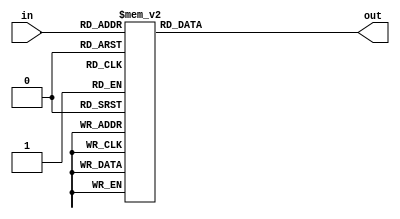


module hex_to_7seg(out, in);

	output [6:0] out;
	input [3:0] in;
	
	reg [6:0] out; // make out a variable
	
	
	always @ (*)
		case (in)
			4'h0: out = 7'b1000000;
			4'h1: out = 7'b1111001;
			4'h2: out = 7'b0100100;
			4'h3: out = 7'b0110000;
			4'h4: out = 7'b0011001;
			4'h5: out = 7'b0010010;
			4'h6: out = 7'b0000010;
			4'h7: out = 7'b1111000;
			4'h8: out = 7'b0000000;
			4'h9: out = 7'b0011000;
			4'ha: out = 7'b0001000;
			4'hb: out = 7'b0000011;
			4'hc: out = 7'b1000110;
			4'hd: out = 7'b0100001;
			4'he: out = 7'b0000110;
			4'hf: out = 7'b0001110;
		endcase

endmodule